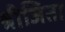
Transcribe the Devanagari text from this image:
श्रीजिता